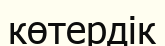
көтердік